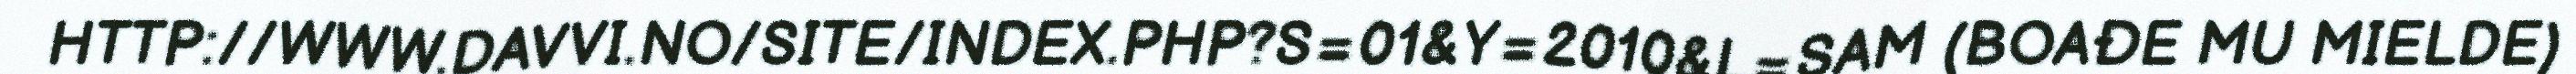
HTTP://WWW.DAVVI.NO/SITE/INDEX.PHP?S=01&Y=2010&L=SAM (BOAĐE MU MIELDE)